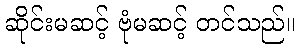
ဆိုင်းမဆင့် ဗုံမဆင့် တင်သည်။